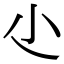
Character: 尐